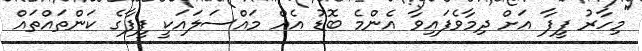
"މިހާރު ފީފާ އަށް ދިމާވެފައިވާ އެންމެ ބޮޑު އެއް މައްސަލައަކީ ފީފާގެ ކަންތައްތައް